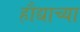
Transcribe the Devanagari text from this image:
हौद्याच्या